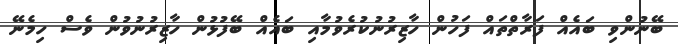
ބޭނުންވި ބައެއް ފަރާތްތައް ފަހުން ހާޒިރުނުކުރެވުމާއި ބައެއް ބޭފުޅުން ހާޒިރުނުވުން ވެސް ހިމެނޭ